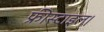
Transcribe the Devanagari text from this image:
फ्रीस्टाइल।